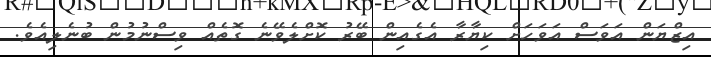
އިޒްޔަން އަވަސް އަވަހަށް ކިޔާރާ އެގެއިން ބޭރު ކޮށްލެވޭނެ ގޮތެއް ވިސްނުމުން ބުނެލިއެވެ.